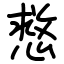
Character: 慦